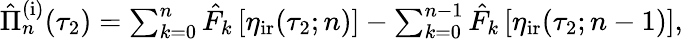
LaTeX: \begin{array}{r}{\hat{\Pi}_{n}^{\mathrm{(i)}}(\tau_{2})=\sum_{k=0}^{n}\hat{F}_{k}\left[\eta_{\mathrm{ir}}(\tau_{2};n)\right]-\sum_{k=0}^{n-1}\hat{F}_{k}\left[\eta_{\mathrm{ir}}(\tau_{2};n-1)\right],}\end{array}